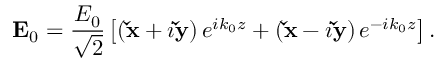
\mathbf E _ { 0 } = \frac { E _ { 0 } } { \sqrt { 2 } } \left[ \left( \mathbf { \check { x } } + i \mathbf { \check { y } } \right) e ^ { i k _ { 0 } z } + \left( \mathbf { \check { x } } - i \mathbf { \check { y } } \right) e ^ { - i k _ { 0 } z } \right] .